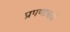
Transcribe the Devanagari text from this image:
प्रपणाचार्य